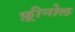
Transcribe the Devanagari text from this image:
फ़्रीनोल